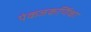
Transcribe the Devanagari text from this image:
पंकजकर्णिका